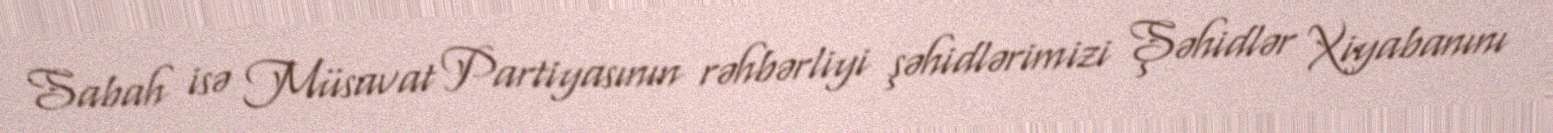
Sabah isə Müsavat Partiyasının rəhbərliyi şəhidlərimizi Şəhidlər Xiyabanını